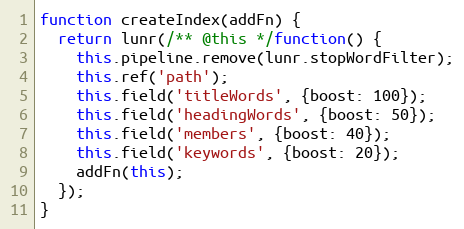
Language: JavaScript
function createIndex(addFn) {
  return lunr(/** @this */function() {
    this.pipeline.remove(lunr.stopWordFilter);
    this.ref('path');
    this.field('titleWords', {boost: 100});
    this.field('headingWords', {boost: 50});
    this.field('members', {boost: 40});
    this.field('keywords', {boost: 20});
    addFn(this);
  });
}